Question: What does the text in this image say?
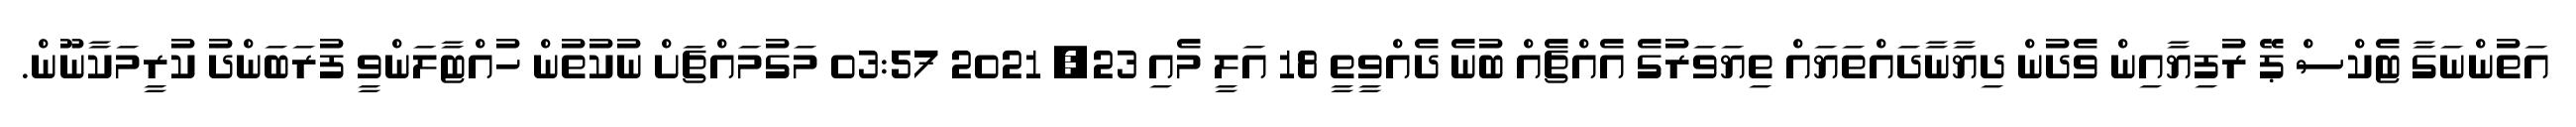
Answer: އަތުންނަގާ ޓެކްސް ޕޭ ރުފިޔާއިން ވެދުން ދިޔާނާދައްތަޔައް ތިޔަވަރުގެ އެއްޗެއް ބުނެ ދެއްވީތީ 18 އަލީ މެއި 23, 2021 03:57 މަގުމައްޗަށް ނުކުތުން ހުއްޓާލަންވީ ފުރަބަންދު ކުރީމަކާނޫން.